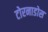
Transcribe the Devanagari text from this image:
टोरनाडोस